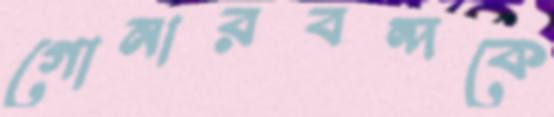
গোনারবন্দকে